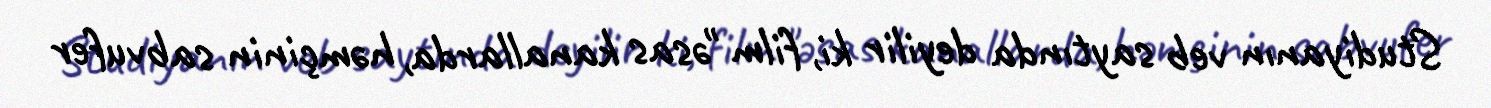
Studiyanın veb saytında deyilir ki, film "əsas kanallarda, həmçinin sabvufer